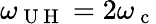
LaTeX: \omega_{\mathrm{~U~H~}}=2\omega_{\mathrm{~c~}}